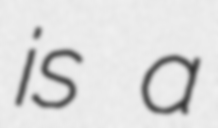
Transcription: is a